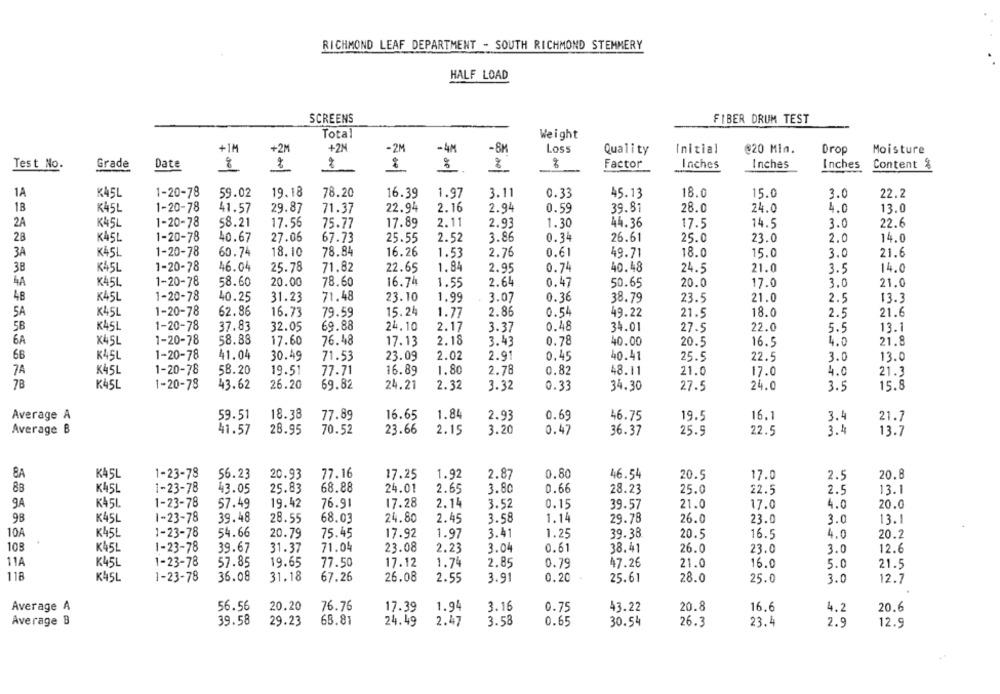
RICHMOND LEAF DEPARTMENT - SOUTH RICHMOND STEMMERY
HALF LOAD
SCREENS
FIBER DRUM TEST
Total
Weight
+1M
+2N
-2M
4M
Loss
Quality
Initial
@20 Min.
Drop
Moisture
+21
Test No.
Grade
Date
8
8
Factor
Inches
Inches
Inches
Content %
1A
K45L
1-20-78
59.02
19.18
78.20
16.39
1.97
3.11
0.33
45.13
18.0
15.0
3.0
22.2
18
K45L
1-20-78
29.87
22.94
2.16
2.94
39.81
28.0
13.0
41.57
71.37
0.59
24.0
4.0
1-20-78
17.89
2.11
2A
K45L
58.21
17.56
75.77
2.93
1.30
44.36
17.5
14.5
3.0
22.6
28
K45L
1-20-78
40.67
27.06
67.73
25.55
2.52
3.86
0.34
25.61
25.0
23.0
2.0
14.0
3A
K45L
1-20-78
60.74
18.10
78.84
16.26
1.53
2.76
0.61
49.71
18.0
15.0
3.0
21.6
38
K45L
1-20-78
46.04
25.78
71.82
22.65
1.84
2.95
0.74
40.48
24.5
21.0
3.5
14.0
4A
K45L
1-20-78
58.60
20.00
78.60
16.74
1.55
2.64
0.47
50.65
20.0
17.0
3.0
21.0
48
K45L
1-20-78
40.25
31.23
71.48
23.10
1.99
3.07
0.36
38.79
23.5
21.0
2.5
13.3
5A
K45L
1-20-78
62.86
16.73
79.59
15.24
2.86
0.54
1.77
49.22
21.5
18.0
2.5
21.6
1-20-78
69.88
2.17
5B
K45L
37.83
32.05
24,10
3.37
0.48
34.01
27.5
22.0
5.5
13.1
6A
1-20-78
58.88
76.48
X45L
17.60
17.13
2.18
3.43
0.78
40.00
20.5
16.5
4.0
21.8
66
K45L
1-20-78
41.04
30.49
71.53
23.09
2.02
2.91
0.45
40.41
25.5
22.5
3.0
13.0
7A
K45L
1-20-78
58.20
19.51
77.71
16.89
1.80
2.78
0.82
48.11
21.0
17.0
4.0
21.3
7B
K45L
1-20-78
43.62
26.20
69.82
24.21
2.32
3.32
0.33
34.30
27.5
24.0
3.5
15.8
Average A
59.51
18.38
77.89
16.65
1.84
2.93
0.69
16.1
3.4
46.75
19.5
21.7
70.52
23.66
2.15
3.20
Average B
41.57
28.95
0.47
36.37
25.9
22.5
3.4
13.7
KA 5L
1-23-78
56.23
20.93
77.16
17.25
1.92
2.87
0.80
46.54
20.5
17.0
2.5
20.8
8B
K45L
1-23-78
43.05
25.83
68.88
24.01
2.65
3.80
0.66
28.23
25.0
22.5
2.5
13.1
9A
K45L
1-23-78
57.49
19.42
76.91
17.28
2.14
3.52
0.15
39.57
21.0
17.0
4.0
20.0
98
K45L
1-23-78
39.48
28.55
68.03
24.80
2.45
3.58
1.14
29.78
26.0
23.0
3.0
13.1
10A
K45L
1-23-78
54.66
20.79
75.45
17.92
1.97
3.41
1.25
39.38
20.5
16.5
4.0
20.2
108
K45L
39.67
71.04
23.08
0.61
38.41
26.0
23.0
1-23-78
31.37
2.23
3.04
3.0
12.6
11A
K45L
1-23-78
57.85
19.65
77.50
17.12
1.74
2.85
0.79
47.26
21.0
16.0
5.0
21.5
118
K45L
1-23-78
36.08
31.18
67.26
26.08
2.55
3.91
0.20
25.61
28.0
25.0
3.0
12.7
Average A
56.56
20.20
76.76
17.39
1.94
3.16
0.75
43.22
20.8
16,6
4.2
20.6
Average B
39.58
29.23
68.81
24.49
2.47
3.58
0.65
30.54
26.3
23.4
2.9
12.9